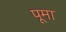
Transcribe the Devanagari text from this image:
पूमा